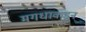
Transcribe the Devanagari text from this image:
मगधाकडून